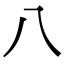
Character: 八